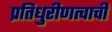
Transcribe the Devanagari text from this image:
प्रतिधुरीणत्वाची